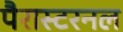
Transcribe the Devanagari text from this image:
पैरास्टरनल